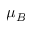
\mu _ { B }